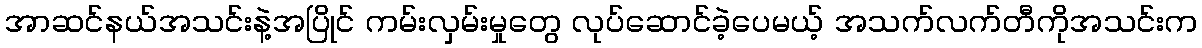
အာဆင်နယ်အသင်းနဲ့အပြိုင် ကမ်းလှမ်းမှုတွေ လုပ်ဆောင်ခဲ့ပေမယ့် အသက်လက်တီကိုအသင်းက